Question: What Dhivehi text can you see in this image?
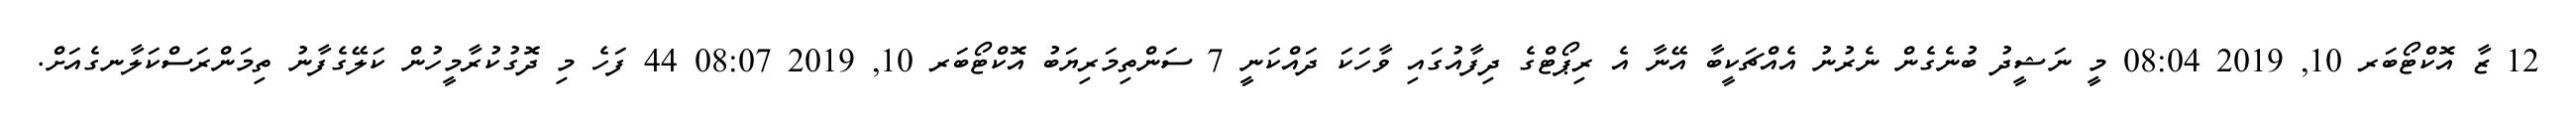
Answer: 12 ޒާ އޮކްޓޯބަރ 10, 2019 08:04 މީ ނަޝީދު ބުނެގެން ނެރުނު އެއްޗަކީބާ އޭނާ އެ ރިޕޯޓްގެ ދިފާއުގައި ވާހަކަ ދައްކަނީ 7 ސަންތިމަރިޔަބު އޮކްޓޯބަރ 10, 2019 08:07 44 ފަހެ މި ދޮގުކުރާމީހުން ކަލޭގެފާނު ތިމަންރަސްކަލާނގެއަށް.